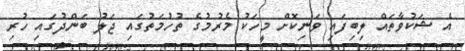
އެ ޝަކުވާތައް ލިބިފައި ވަނިކޮށް މީހަކު މެރުމުގެ ތުހުމަތުގައި ޖަލު ބަންދުގައި ހުރި